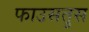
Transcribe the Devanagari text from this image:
फाउसतुस